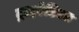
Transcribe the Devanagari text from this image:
ट्राइरेडिएट